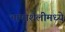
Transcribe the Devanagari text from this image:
भाषाशैलीमध्ये